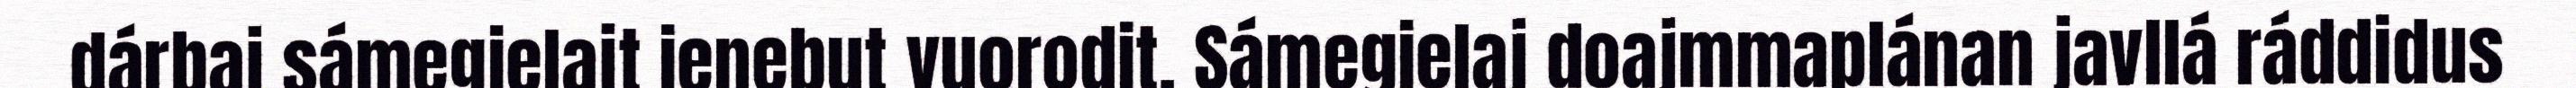
dárbaj sámegielajt ienebut vuorodit. Sámegielaj doajmmaplánan javllá ráddidus